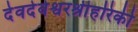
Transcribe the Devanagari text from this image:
देवदेवेश्वरश्रीहरिकी